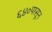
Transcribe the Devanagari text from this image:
६४०पासून